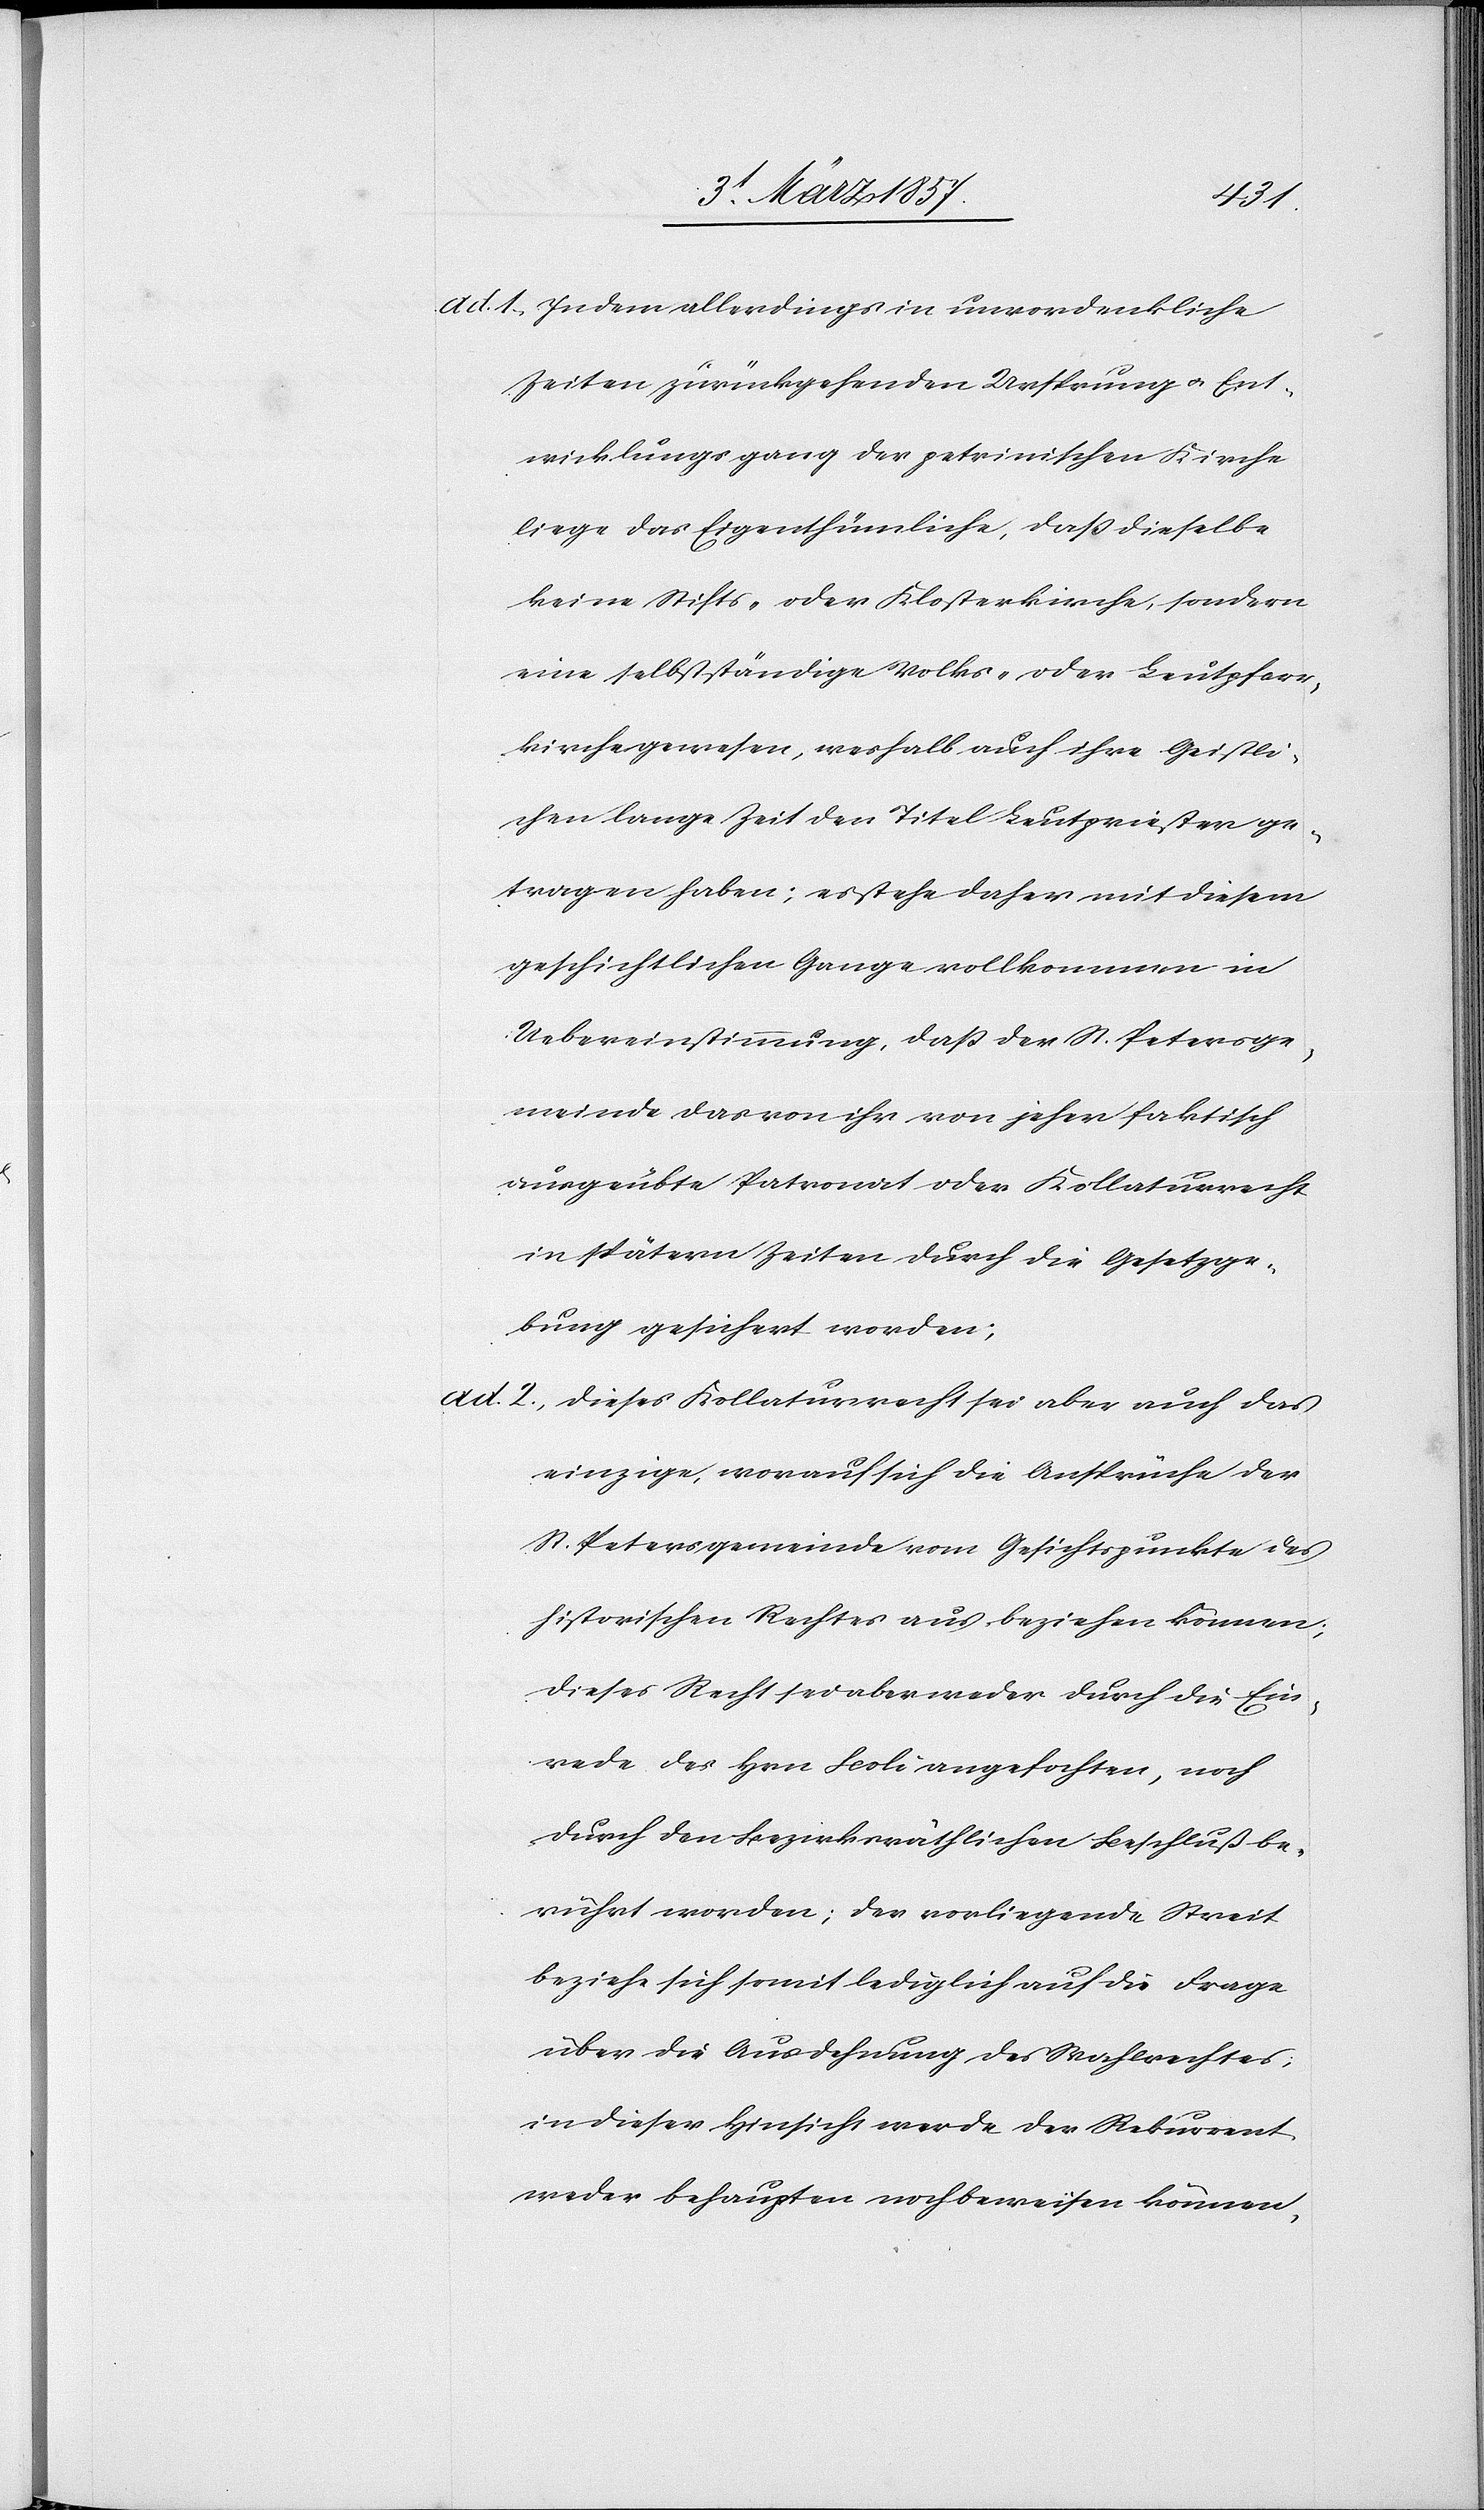
ad. 1. Indem allerdings in unvordenkliche
Zeiten zurückgehenden Ursprung u. Ent¬
wicklungsgang der petrinischen Kirche
liege das Eigenthümliche, daß dieselbe
keine Stifts- oder Klosterkirche, sondern
eine selbstständige Volks- oder Leutpfarr¬
kirche gewesen, weshalb auf ihre Geistli¬
chen lange Zeit den Titel Leutpriester ge¬
tragen haben; es stehe daher mit diesem
geschichtlichen Gange vollkommen in
Uebereinstimmung, daß der St. Petersge¬
meinde das von ihr von jeher faktisch
ausgeübte Patronat oder Kollaturrecht
in spätern Zeiten durch die Gesetzge¬
bung gesichert worden;
ad. 2., Dieses Kollaturrecht sei aber auch das
einzige, worauf sich die Ansprüche der
St. Petersgemeinde vom Gesichtspunkte des
historischen Rechtes aus beziehen können;
dieses Recht sei aber weder durch die Ein¬
rede des Hrn Boli angefochten, noch
durch den Bezirksräthlichen Beschluß be¬
rührt worden; der vorliegende Streit
beziehe sich somit lediglich auf die Frage
über die Ausdehnung des Wahlrechtes;
in dieser Hinsicht werde der Rekurrent
weder behaupten noch beweisen können,